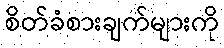
စိတ်ခံစားချက်များကို